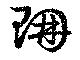
珊